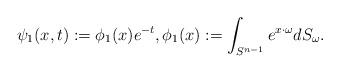
LaTeX: \begin{align*}\psi_1(x,t):=\phi_1(x)e^{-t},\phi_1(x):=\int_{S^{n-1}}e^{x\cdot\omega}dS_\omega.\end{align*}